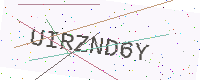
Text: UIRZND6Y